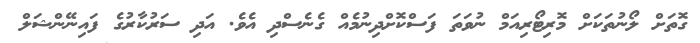
ގޮތަށް ލޯނުތަކަށް މޮރިޓޯރިއަމް ނުވަތަ ފަސްކޮށްދިނުމެއް ގެނެސްދި އެވެ. އަދި ސަރުކާރުގެ ފައިނޭންޝަލް